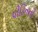
પીડિતની